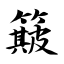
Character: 簸